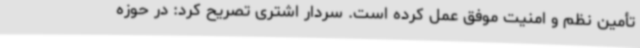
تأمین نظم و امنیت موفق عمل کرده است. سردار اشتری تصریح کرد: در حوزه